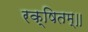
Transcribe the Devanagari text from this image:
रक्षितम्॥